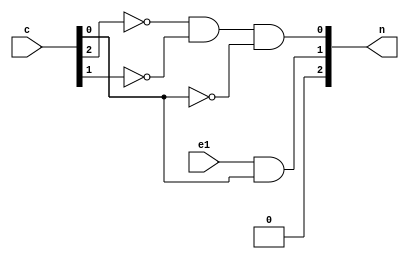
module State_Select
(
	input e1,
	input [2:0] c,
	output [2:0] n
);

	assign n[2] = 0;
	assign n[1] = e1 & c[0];
	assign n[0] = ~c[2] & ~c[1] & ~c[0];
	
endmodule